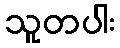
သူတပါး